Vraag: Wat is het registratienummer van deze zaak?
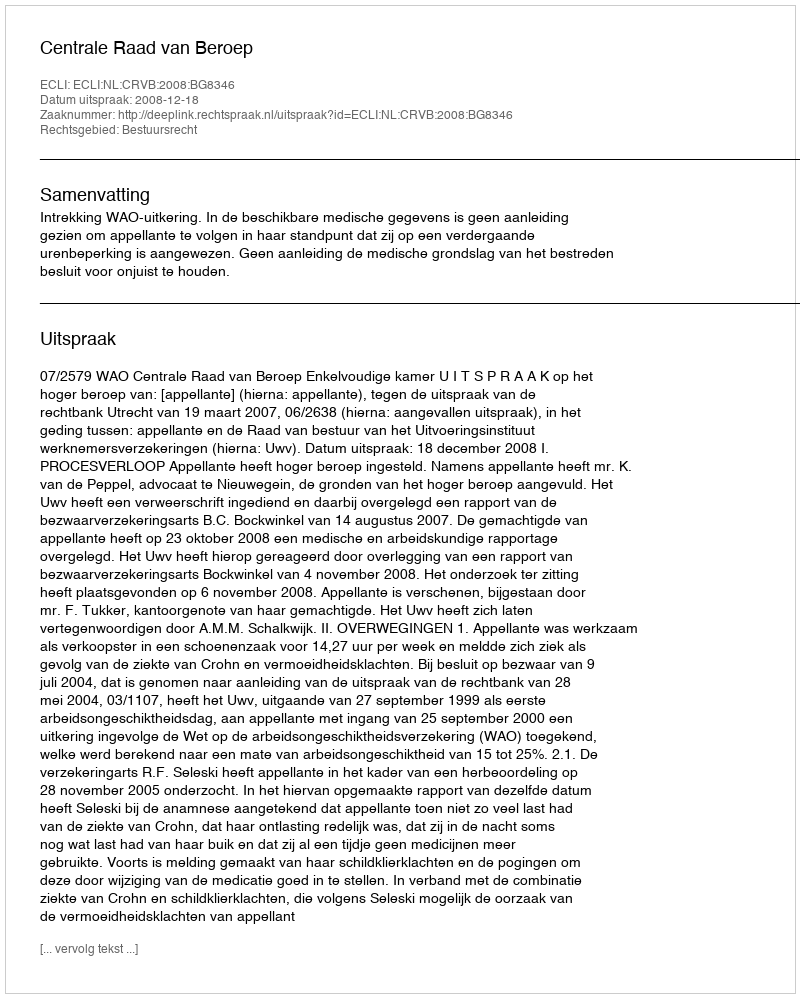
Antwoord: http://deeplink.rechtspraak.nl/uitspraak?id=ECLI:NL:CRVB:2008:BG8346